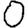
Digit: 0